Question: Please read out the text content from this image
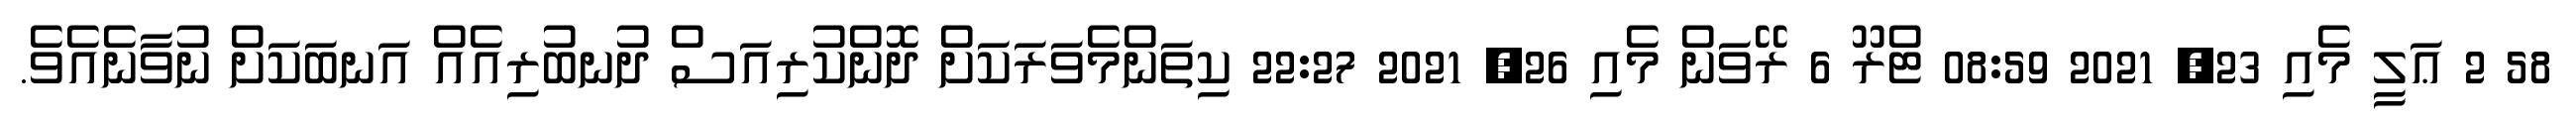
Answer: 58 2 ޢަލީ މެއި 23, 2021 08:59 ޓްރޫ 6 ރޭވަން މެއި 26, 2021 22:27 ކިތަންމެވަރަކަށް ދޮންކުރިއަސް ދުނބުރިއެއް އަނބަކަށް ނުވާނެއެވެ.